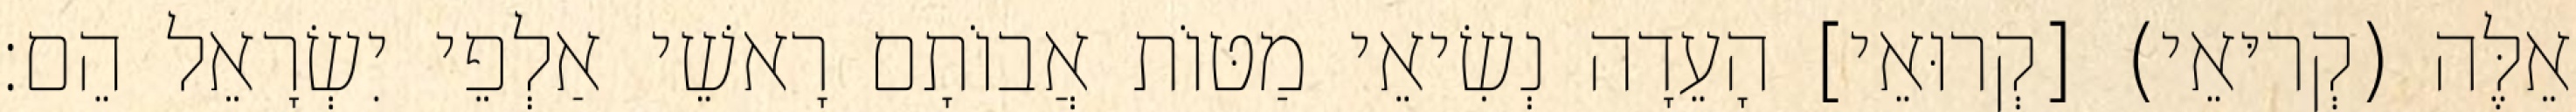
אֵלֶּה (קְריּאֵי) [קְרוּאֵי] הָעֵדָה נְשִׂיאֵי מַטּוֹת אֲבוֹתָם רָאשֵׁי אַלְפֵי יִשְׂרָאֵל הֵם׃